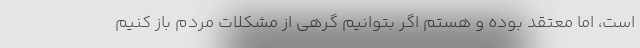
است، اما معتقد بوده و هستم اگر بتوانیم گرهی از مشکلات مردم باز کنیم